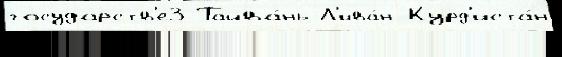
государств'е3 Тайва́нь Л'ива́н Курд'иста́н